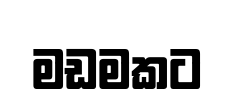
මඩමකට